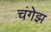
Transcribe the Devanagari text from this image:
चंगेझ